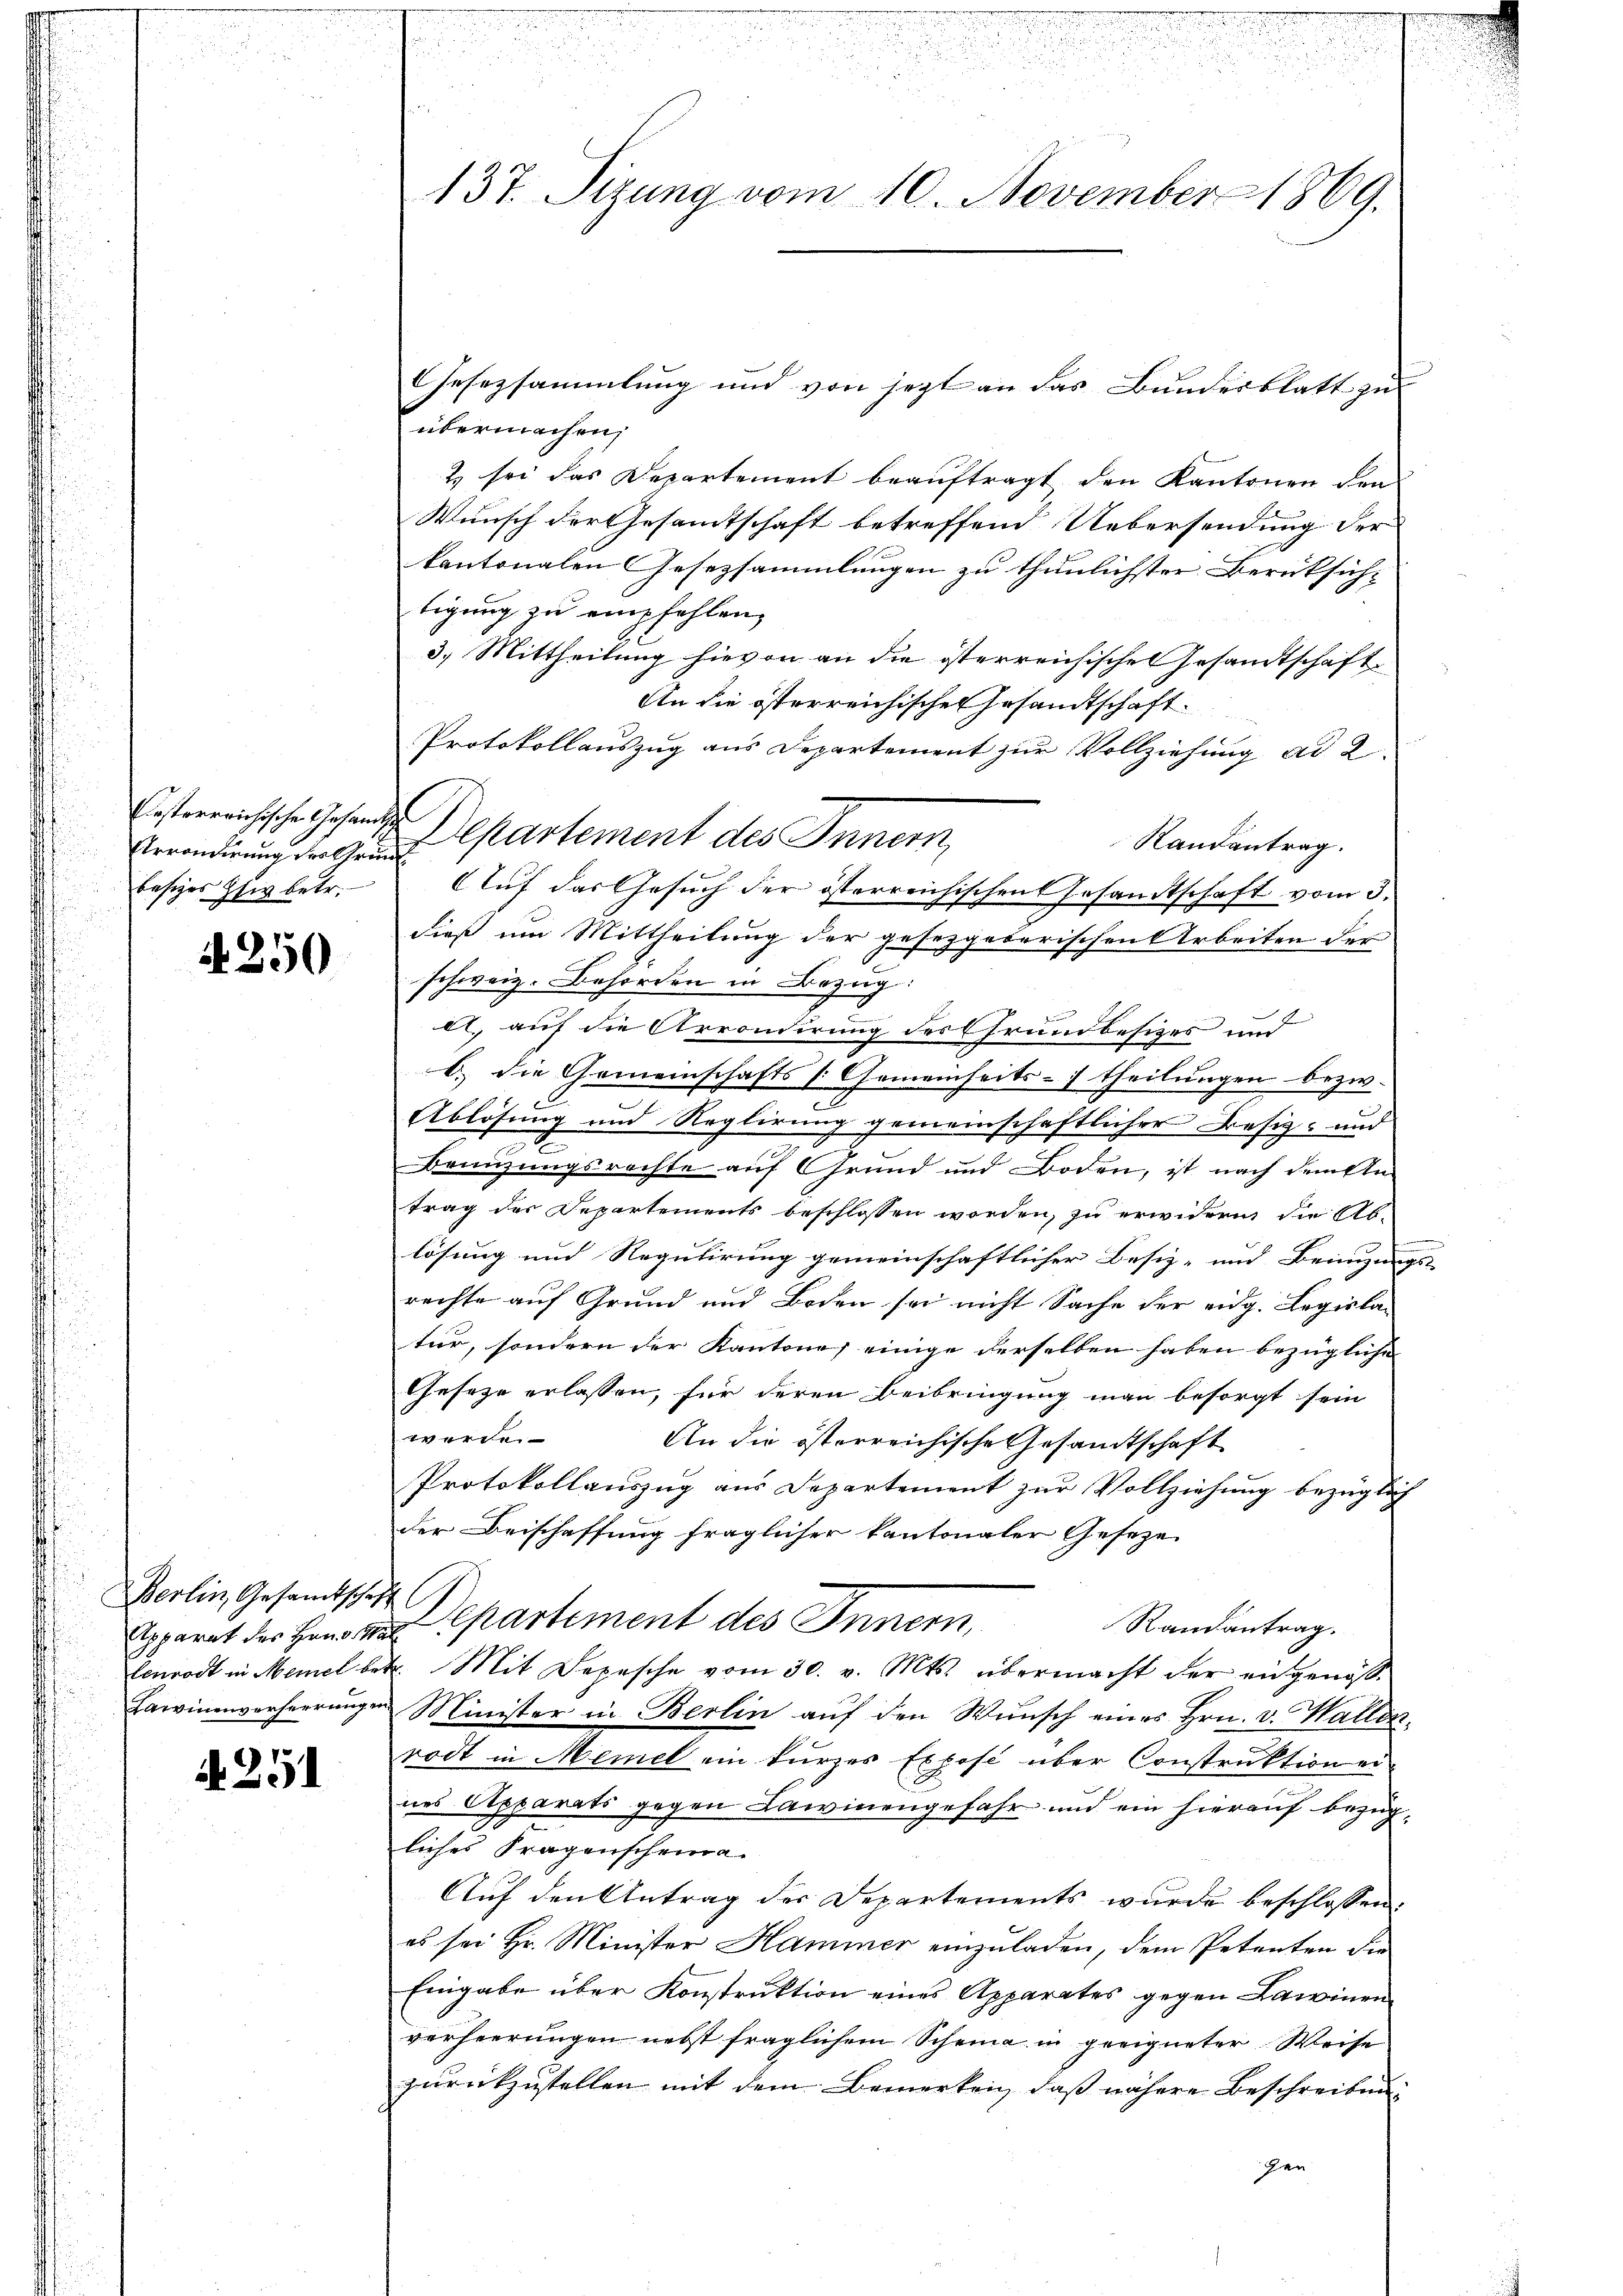
husterreichische Gesandtsche
besitzes siv betr.

4250

Berlin, Gesamtsche
Apparat des Hrn. M.
lenrodt in Memel be¬
Lawinenverheerung

N. 251

137. Sizung vom 10. November 1869.

Gesezsammlung und von jetzt an das Bundesblatt zu
übermachen,
2) sei das Departement beauftragt den Kantonen den
Wunsch der Gesamtschaft betreffend Uebersendung der
kantonalen Gesetzsammlungen zu thunlichster Berüksich-
tigung zu empfehlen,
3.) Mittheilung hievon an die österreichische Gesandtschaft
An die österreichischen Gesandtschaft.
Protokollauszug aus Departement zur Vollziehung ad 2.
Randantrag.
Erronderung der Grund Cartement des Innern,
Auf das Gesuch der österreichischen Gesandtschaft vom 3.
dieß um Mittheilung der gesetzgeberischen Arbeiten der
schweiz. Behörden in Bezug:
A., auf die Arrondirung des Grundbesizes und
b.) die Gemeinschafts [Gemeinheits- theilungen bezw.
c
Ablösung und Reglirung gemeinschaftlicher Besiz- und
Branzungsrechte auf Grund und Boden, ist nach dem An
trag des Departements beschlossen worden, zu erwidern die Ab-
lösung und Regulirung gemeinschaftlicher Besiz- und Beizungs-
rechte auf Grund und Boden sei nicht Sache der eidg. Legisla-
tur, sondern der Kantone einige derselben haben bezügliche
Geseze erlassen, für deren Beibringung man besorgt sein
werden
An die österreichische Gesandtschaft
Protokollauszug aus Departement zur Vollziehung bezüglich
der Beischaffung fraglicher kantonaler Geseze
e
Departement des Innern,
Randantrag.
2. Mit Depesche vom 30. v. Mts. übermacht der angenosse
Minister in Berlin auf den Wunsch eines Hrn. v. Wallen.
rodt in Memel ein kurzes Expose über Construktion ei
nes Apparats gegen Lawinengefahr und ein hierauf bezugliches Fragenscheina
Auf den Antrag der Departements wurde beschlossen:
es sei Hr. Minister Hammer einzuladen, dem Petenten die
Eingabe über Konstruktion eines Apparates gegen Lawinen
verheerungen nebst fraglichem Scheina in geeigneter Weise
zurückzustellen mit dem Bemerken, daß nähere Beschreibengen